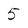
Character: 5